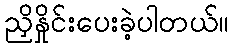
ညှိနှိုင်းပေးခဲ့ပါတယ်။